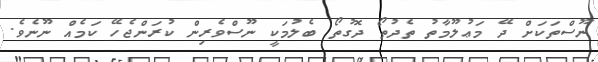
ނޫސްތަކަށް ދޭ މަޢުލޫމާތު ތެދުތޯ ދޮގުތޯ ބެލުމަކީ ނޫސްވެރިން ކުރަންޖެހޭ ކަމެއް ނޫނެވެ.